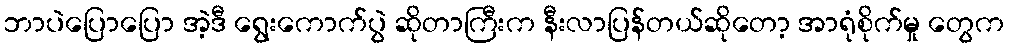
ဘာပဲပြောပြော အဲ့ဒီ ရွေးကောက်ပွဲ ဆိုတာကြီးက နီးလာပြန်တယ်ဆိုတော့ အာရုံစိုက်မှု တွေက